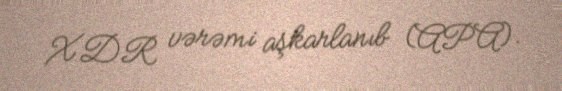
XDR vərəmi aşkarlanıb (APA).